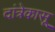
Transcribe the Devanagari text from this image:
दांत्रेकासू